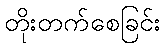
တိုးတက်စေခြင်း